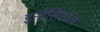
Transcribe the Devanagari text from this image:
इनोसिटोल